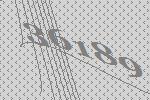
36189